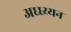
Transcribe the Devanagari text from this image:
अध्ध्य्यन